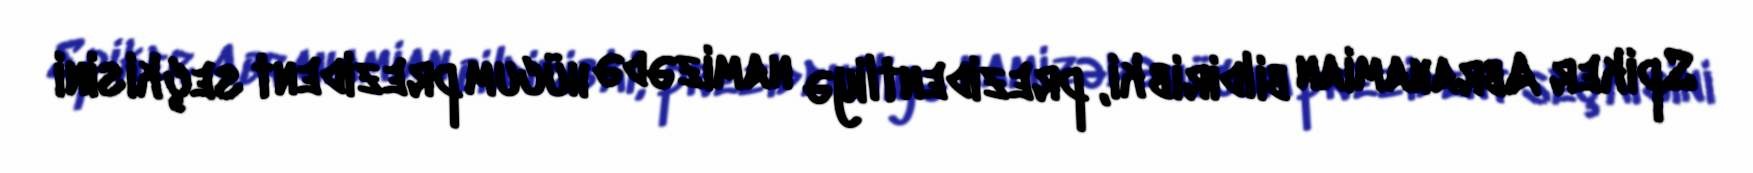
Spiker Abrahamian bildirib ki, prezidentliyə namizədə hücum prezident seçkisini